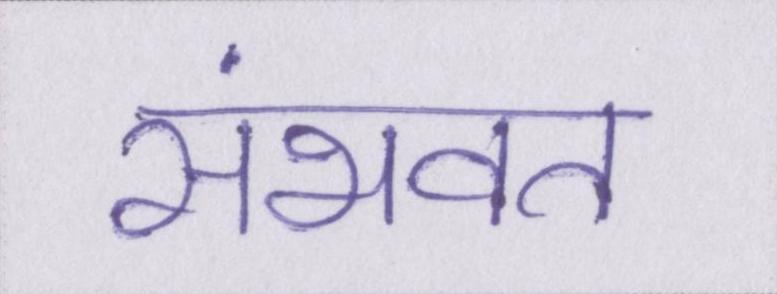
संभवत